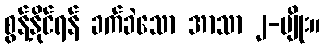
စွန့်နိုင်ရန် ခက်ခဲသော အာသာ ၂-မျိုး။